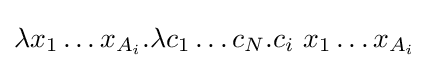
\lambda x_{1}\ldots x_{A_{i}}.\lambda c_{1}\ldots c_{N}.c_{i}\ x_{1}\ldots x_{A_{i}}